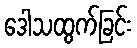
ဒေါသထွက်ခြင်း